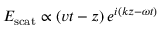
E _ { \mathrm { s c a t } } \propto \left( v t - z \right) e ^ { i \left( k z - \omega t \right) }